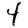
Digit: 4